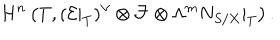
H ^ { n } \left( T , ( { \cal E } | _ { T } ) ^ { \vee } \otimes { \cal F } \otimes \Lambda ^ { m } N _ { S / X } | _ { T } \right) .